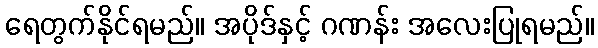
ရေတွက်နိုင်ရမည်။ အပိုဒ်နှင့် ဂဏန်း အလေးပြုရမည်။